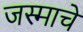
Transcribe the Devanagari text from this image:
जस्माचे